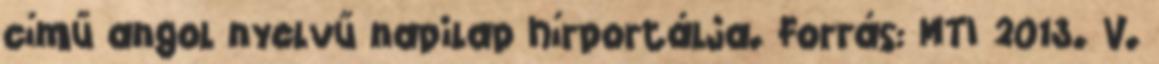
című angol nyelvű napilap hírportálja. Forrás: MTI 2013. V.